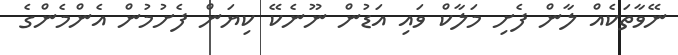
ނޭވާތަކެއް ލާން ފެށި މަލާކް ވައި އަޑުން ނޫނެކޭ ކިޔަން ފެށުމުން އެންމެންގެ